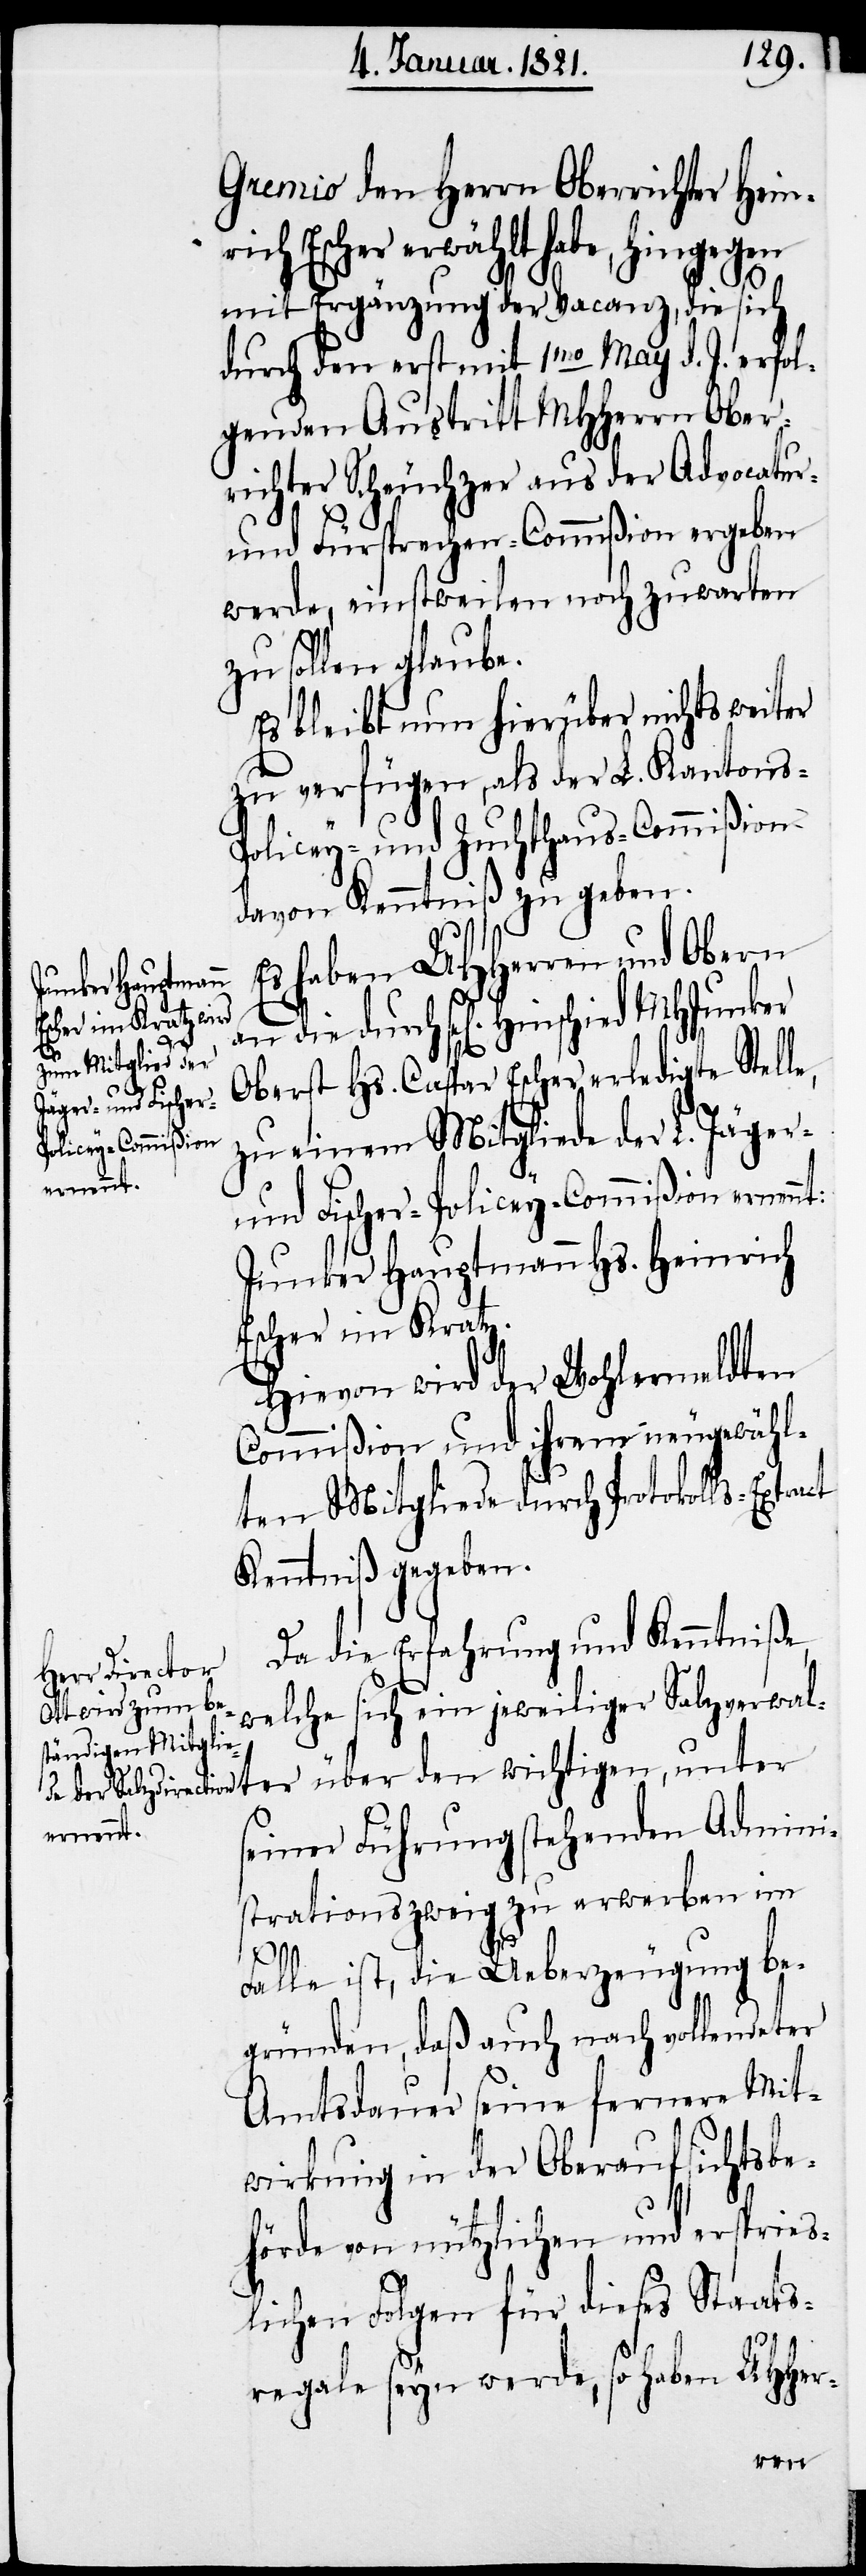
Gremio den Herrn Oberrichter Heinr¬
ich Escher erwählt habe, hingegen
mit Ergänzung der Vacanz, die sich
durch den erst mit 1mo May d. J. erfol¬
genden Austritt MHHerrn Ober¬
rich Scheuchzer aus der Advocatur-
und Fürsprechen-Commißion ergeben
werde, einstweilen noch zuwarten
zu sollen glaube.
Es bleibt nun hierüber nichts weiter
zu verfügen, als der L. Kantons-P¬
olicey- und Zuchthaus-Commißion
davon Kenntniß zu geben.
Es haben UHHerren und Obern
an die durch sel[igen] Hinschied
Oberst Hs. Caspar Escher erledigte Stelle,
zu einem Mitgliede der L. Jäger-
und Fischer-Policey-Commißion ernen¬
Junker Hauptmann Hs. Heinrich
Escher im Kratz.
Hievon wird der Wohlermeldten
Commißion und ihrem neugewähl¬
ten Mitgliede durch Protokolls-Extract
Kenntniß gegeben.
Da die Erfahrung und Kenntniße,
welche sich ein jeweiliger Salzverwalt¬
er über den wichtigen, unter
seiner Führung stehenden Admini¬
strationszweig zu erwerben im
nt:
Falle ist, die Ueberzeugung be¬
gründen, daß auch nach vollendeter
Amtsdauer seine fernere Mit¬
wirkung in der Oberaufsichtsbe¬
hörde von nützlichen und ersprieß¬
lichen Folgen für dieses Staats¬
regale seyn werde, so haben UHHer-
Hein¬